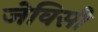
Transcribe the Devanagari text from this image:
जेविसी